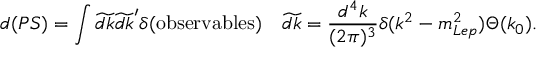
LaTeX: d ( P S ) = \int \widetilde { d k } \widetilde { d k } ^ { \prime } \delta ( \mathrm { o b s e r v a b l e s } ) \quad \widetilde { d k } = \frac { d ^ { 4 } k } { ( 2 \pi ) ^ { 3 } } \delta ( k ^ { 2 } - m _ { L e p } ^ { 2 } ) \Theta ( k _ { 0 } ) .